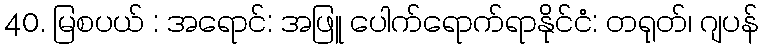
40. မြစပယ် : အရောင်: အဖြူ ပေါက်ရောက်ရာနိုင်ငံ: တရုတ်၊ ဂျပန်